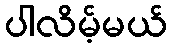
ပါလိမ့်မယ်